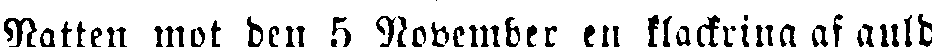
Natten mot den 5 November en klackring af guld